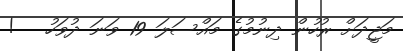
މަޖީދަށް ރުހުން ދިނުމުގެ މައްސަލަ 19 ވަނަ ދުވަހު   !